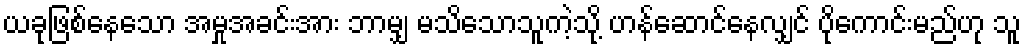
ယခုဖြစ်နေသော အမှုအခင်းအား ဘာမျှ မသိသောသူကဲ့သို့ ဟန်ဆောင်နေလျှင် ပိုကောင်းမည်ဟု သူ